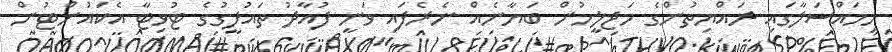
މިމައްސަލާގައި ރައްޔިތުންގެ މަޖިލީހުން ބަޔާނެއް ނެރެފައި ވަނީ ފުއާދު ތައުފީގުގެ ޓުވިޓާ އެކައުންޓުން